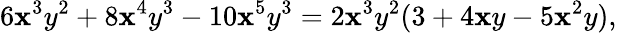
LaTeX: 6\mathbf{x}^{3}y^{2}+8\mathbf{x}^{4}y^{3}-10\mathbf{x}^{5}y^{3}=2\mathbf{x}^{3}y^{2}(3+4\mathbf{x}y-5\mathbf{x}^{2}y),